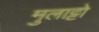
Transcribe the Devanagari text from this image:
मुलाट्टो